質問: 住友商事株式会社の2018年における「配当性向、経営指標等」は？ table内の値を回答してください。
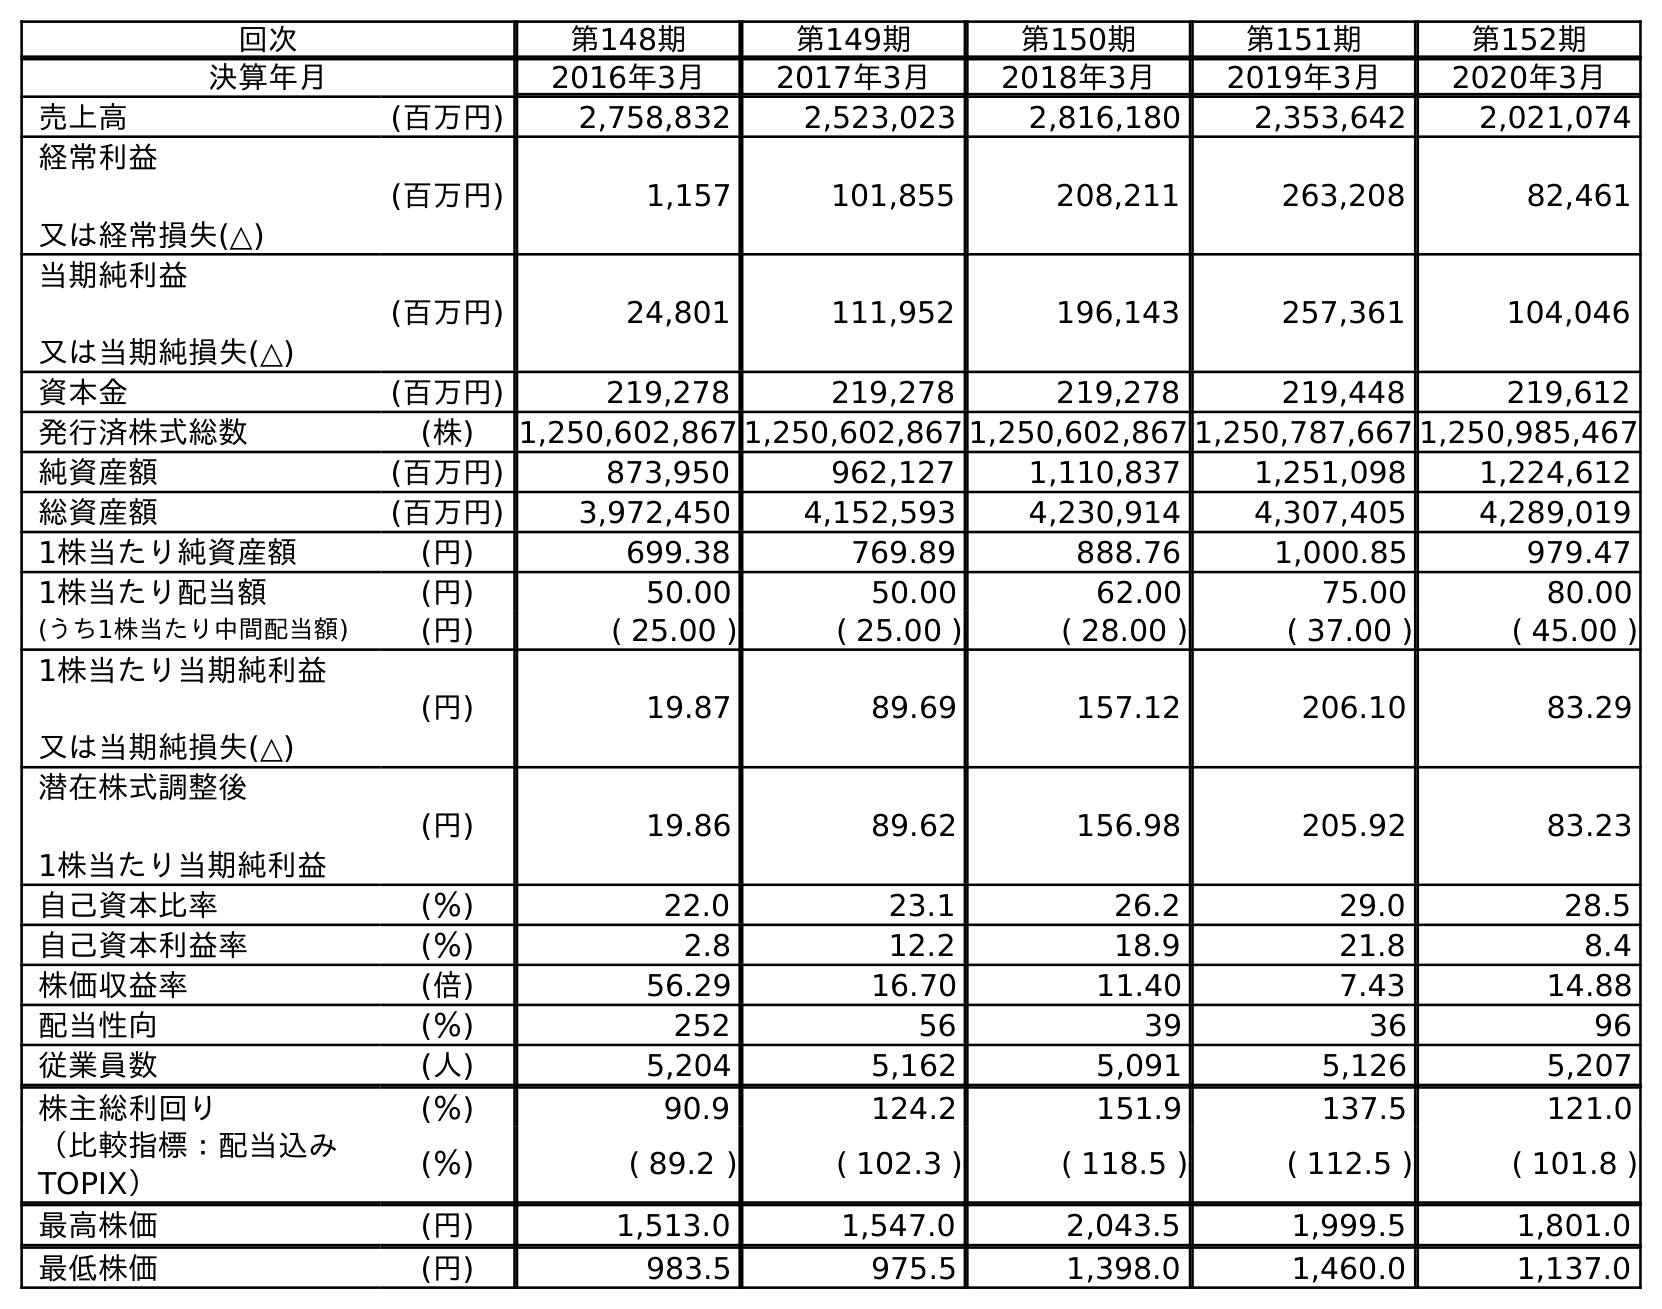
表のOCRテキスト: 回次 第148期 第149期 第150期 第151期 第152期 決算年月 2016年3月 2017年3月 2018年3月 2019年3月 2020年3月 売上高 (百万円) 2,758,832 2,523,023 2,816,180 2,353,642 2,021,074 経常利益 又は経常損失(△) (百万円) 1,157 101,855 208,211 263,208 82,461 当期純利益 又は当期純損失(△) (百万円) 24,801 111,952 196,143 257,361 104,046 資本金 (百万円) 219,278 219,278 219,278 219,448 219,612 発行済株式総数 (株) 1,250,602,867 1,250,602,867 1,250,602,867 1,250,787,667 1,250,985,467 純資産額 (百万円) 873,950 962,127 1,110,837 1,251,098 1,224,612 総資産額 (百万円) 3,972,450 4,152,593 4,230,914 4,307,405 4,289,019 1株当たり純資産額 (円) 699.38 769.89 888.76 1,000.85 979.47 1株当たり配当額 (円) 50.00 50.00 62.00 75.00 80.00 (うち1株当たり中間配当額) (円) ( 25.00 ) ( 25.00 ) ( 28.00 ) ( 37.00 ) ( 45.00 ) 1株当たり当期純利益 又は当期純損失(△) (円) 19.87 89.69 157.12 206.10 83.29 潜在株式調整後 1株当たり当期純利益 (円) 19.86 89.62 156.98 205.92 83.23 自己資本比率 (％) 22.0 23.1 26.2 29.0 28.5 自己資本利益率 (％) 2.8 12.2 18.9 21.8 8.4 株価収益率 (倍) 56.29 16.70 11.40 7.43 14.88 配当性向 (％) 252 56 39 36 96 従業員数 (人) 5,204 5,162 5,091 5,126 5,207 株主総利回り (％) 90.9 124.2 151.9 137.5 121.0 （比較指標：配当込み TOPIX） (％) ( 89.2 ) ( 102.3 ) ( 118.5 ) ( 112.5 ) ( 101.8 ) 最高株価 (円) 1,513.0 1,547.0 2,043.5 1,999.5 1,801.0 最低株価 (円) 983.5 975.5 1,398.0 1,460.0 1,137.0
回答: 39